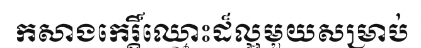
កសាងកេរ្តិ៍ឈ្មោះដ៏ល្អមួយសម្រាប់